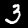
Digit: 3